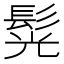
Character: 𩭂